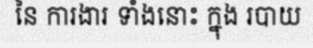
នៃ ការងារ ទាំងនោះ ក្នុង របាយ